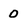
Character: 0